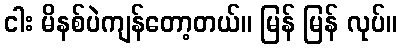
ငါး မိနစ်ပဲကျန်တော့တယ်။ မြန် မြန် လုပ်။